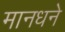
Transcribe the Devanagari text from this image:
मानधने